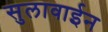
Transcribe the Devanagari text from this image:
सुलावाईन